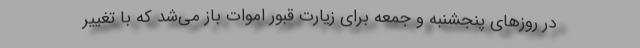
در روزهای پنجشنبه و جمعه برای زیارت قبور اموات باز می‌شد که با تغییر